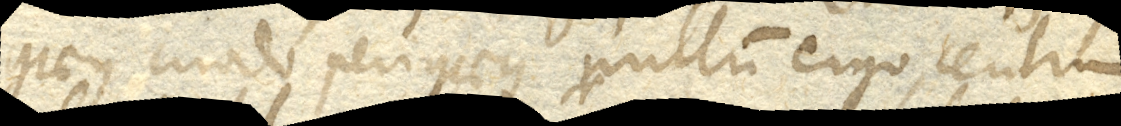
gaeus modo perigaeus, nullum ergo centrum